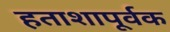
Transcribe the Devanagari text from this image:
हताशापूर्वक